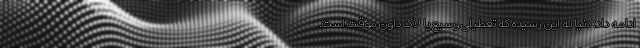
ادامه داد: دنیا به این رسیده که تعطیلی وسیع یا لاک داون موقت است.